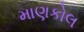
માણકોલ